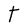
Character: T